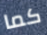
كما